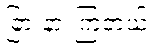
ခြားနားကြတယ်။